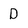
Character: D